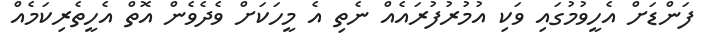
ފަންޑަށް އެހީވުމުގައި ވަކި އުމުރުފުރައެއް ނެތި އެ މީހަކަށް ވެދެވެން އޮތް އެހީތެރިކަމެއް